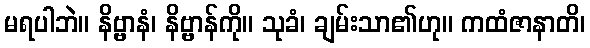
မရပါဘဲ။ နိဗ္ဗာနံ၊ နိဗ္ဗာန်ကို။ သုခံ၊ ချမ်းသာ၏ဟု။ ကထံဇာနာတိ၊